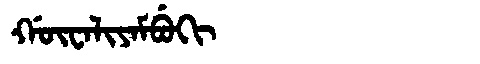
Manchu: ᡤᡡᠸᠠᠯᡳᠶᠠᠮᠪᡠᡴᡳ
Romanization: GŪWALIYAMBUKI